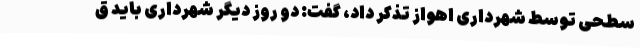
سطحی توسط شهرداری اهواز تذکر داد، گفت: دو روز دیگر شهرداری باید ق